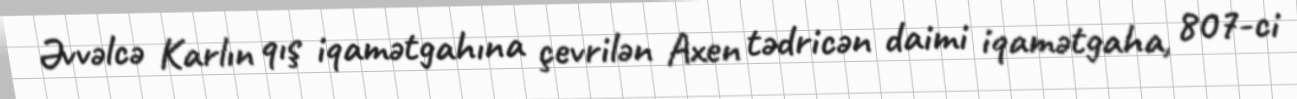
Əvvəlcə Karlın qış iqamətgahına çevrilən Axen tədricən daimi iqamətgaha, 807-ci